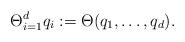
LaTeX: \begin{align*}\Theta_{i = 1}^d q_i := \Theta(q_1,\ldots,q_d).\end{align*}